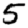
Digit: 5